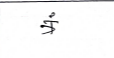
मजकूर: त्रं